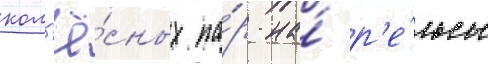
кол'ё́сных па́р на́ р'е́льсы